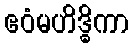
ဧဝံမဟိဒ္ဓိကာ